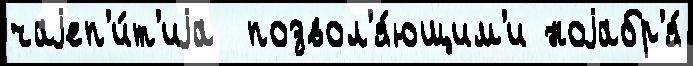
чаjеп'и́т'иjа  позвол'я́ющим'и ноjабр'я́